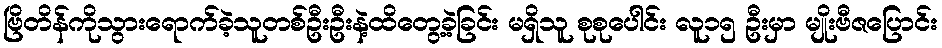
ဗြိတိန်ကိုသွားရောက်ခဲ့သူတစ်ဦးဦးနဲ့ထိတွေ့ခဲ့ခြင်း မရှိသူ စုစုပေါင်း လူ၁၅ ဦးမှာ မျိုးဗီဇပြောင်း